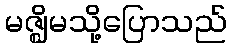
မဇ္ဈိမသို့ပြောသည်